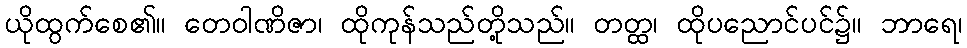
ယိုထွက်စေ၏။ တေဝါဏိဇာ၊ ထိုကုန်သည်တို့သည်။ တတ္ထ၊ ထိုပညောင်ပင်၌။ ဘာရေ၊